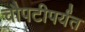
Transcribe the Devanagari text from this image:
चौपटीपर्यंत